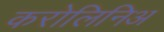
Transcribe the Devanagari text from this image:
करोलिनिअ